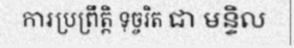
ការប្រព្រឹត្តិ ទុច្ចរិត ជា មន្ទិល